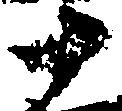
十